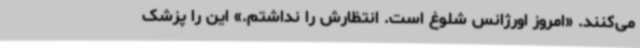
می‌کنند. «امروز اورژانس شلوغ است. انتظارش را نداشتم.» این را پزشک